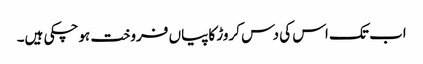
اب تک اس کی دس کروڑ کاپیاں فروخت ہوچکی ہیں۔